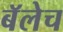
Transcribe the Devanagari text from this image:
बॅलेच